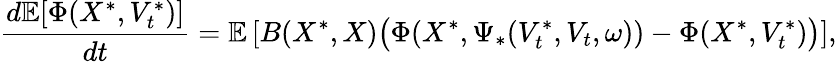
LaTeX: \frac{d\mathbb{E}[\Phi(X^{\ast},V_{t}^{\ast})]}{dt}=\mathbb{E}\left[B(X^{\ast},X)\bigl(\Phi(X^{\ast},\Psi_{\ast}(V_{t}^{\ast},V_{t},\omega))-\Phi(X^{\ast},V_{t}^{\ast})\bigr)\right],